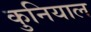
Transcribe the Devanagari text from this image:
कुनियाल